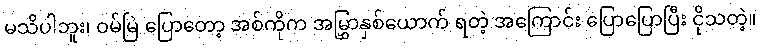
မသိပါဘူး၊ ဝမ်မြဲ ပြောတော့ အစ်ကိုက အမြွှာနှစ်ယောက် ရတဲ့ အကြောင်း ပြောပြောပြီး ငိုသတဲ့။